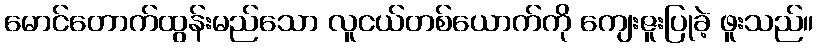
မောင်တောက်ထွန်းမည်သော လူငယ်တစ်ယောက်ကို ကျေးဇူးပြုခဲ့ ဖူးသည်။